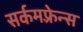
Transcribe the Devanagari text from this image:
सर्कमफ़्रेन्स